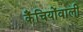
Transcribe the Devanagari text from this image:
कैंचियोंवाली